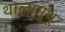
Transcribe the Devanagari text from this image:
थालामुथू